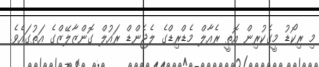
މި ރިކޯޑު މީގެކުރިން އޮތީ ރެއާލް މެޑްރިޑްގެ ލެޖެންޑް ރައުލް ގޮންޒާލޭޒްގެ އަތުގައެވެ.